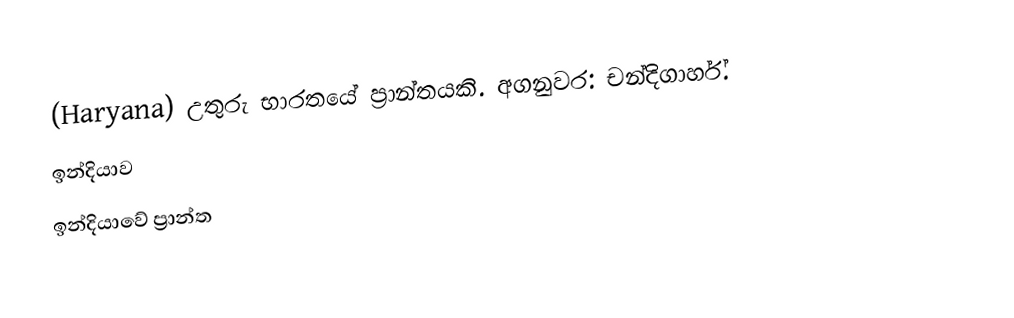
(Haryana) උතුරු භාරතයේ ප්‍රාන්තයකි. අගනුවර: චන්දිගාර්හ්.
ඉන්දියාව
ඉන්දියාවේ ප්‍රාන්ත